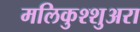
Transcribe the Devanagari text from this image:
मलिकुश्शुअरा